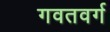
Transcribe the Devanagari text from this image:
गवतवर्ग